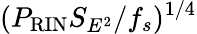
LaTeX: (P_{\mathrm{RIN}}S_{E^{2}}/f_{s})^{1/4}